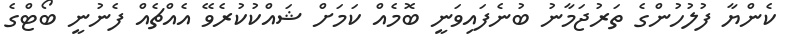
ކެންޔާ ފުލުހުންގެ ތަރުޖަމާނު ބުނެފައިވަނީ ބޮމެއް ކަމަށް ޝައްކުކުރެވޭ އެއްޗެއް ފެނުނީ ބޯޓްގެ